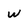
Character: W